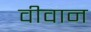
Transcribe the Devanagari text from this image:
वीवान